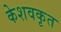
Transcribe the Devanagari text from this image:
केशवकृत